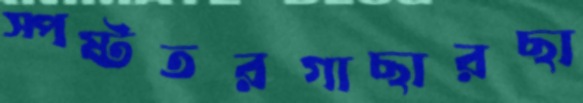
স্পষ্টতরগাছারছা